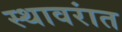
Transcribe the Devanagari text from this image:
स्थावरांत